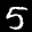
Label: 5